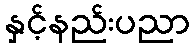
နှင့်နည်းပညာ